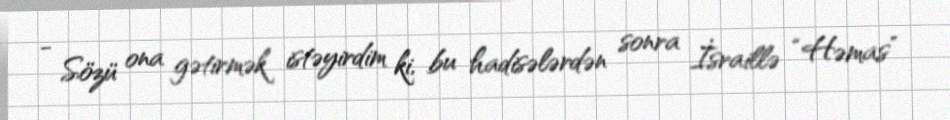
- Sözü ona gətirmək istəyirdim ki, bu hadisələrdən sonra İsraillə “Həmas”